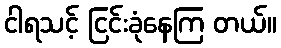
ငါရသင့် ငြင်းခုံနေကြ တယ်။